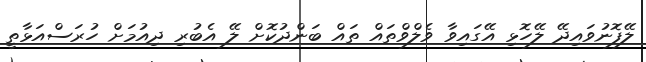
ލޭފޮނުވައިދޭ ލޭހޮޅި އޭގައިވާ ވެލްވްތައް ތައް ބަންދުކޮށް ލޭ އެބުރި ދިއުމަށް ހުރަސްއަޅާތީ